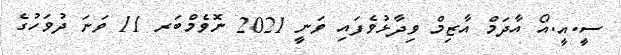
ސީ.އީ.އޯ އާދަމް އާޒިމް ވިދާޅުވެފައި ވަނީ 2021 ނޮވެމްބަރ 11 ވަނަ ދުވަހުގެ